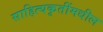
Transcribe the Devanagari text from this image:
साहित्यकृतींमधील